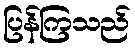
ပြန်ကြသည်